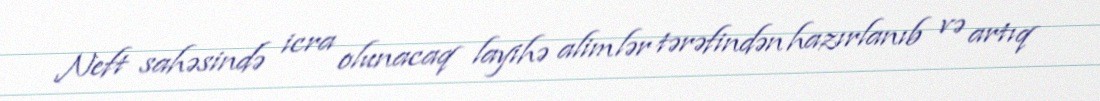
Neft sahəsində icra olunacaq layihə alimlər tərəfindən hazırlanıb və artıq